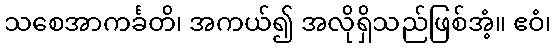
သစေအာကင်္ခတိ၊ အကယ်၍ အလိုရှိသည်ဖြစ်အံ့။ ဧဝံ၊